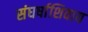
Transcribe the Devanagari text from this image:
संघर्षाशिवाय